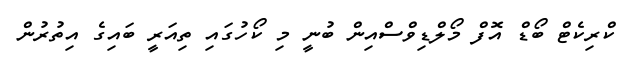
ކްރިކެޓް ބޯޑް އޮފް މޯލްޑިވްސްއިން ބުނީ މި ކޯހުގައި ތިއަރީ ބައިގެ އިތުރުން